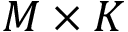
M \times K